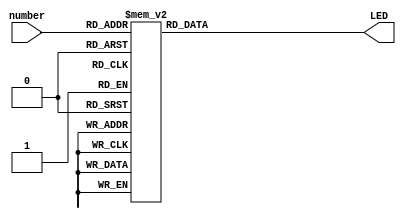
module BCD27SEG( number, LED

    );
    input [3:0] number;
    output reg [7:0] LED;
    always @ (number)
    begin // BCD to 7-segment decoding
     case (number) // s0 - s6 are active low
            4'b0000: LED = 8'b11000000;    
	       	4'b0001: LED = 8'b11111001;
            4'b0010: LED = 8'b10100100;
            4'b0011: LED = 8'b10110000;
            4'b0100: LED = 8'b10011001;
            4'b0101: LED = 8'b10010010;
            4'b0110: LED = 8'b10000010;    
		    4'b0111: LED = 8'b11111000;
            4'b1000: LED = 8'b10000000;  
		    4'b1001: LED = 8'b10010000;
     default:  LED = 8'b11000000; 
  endcase
end
    
    
    
endmodule